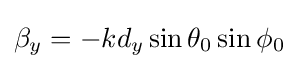
\beta _{y}=-kd_{y}\sin \theta _{0}\sin \phi _{0}